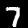
Digit: 7